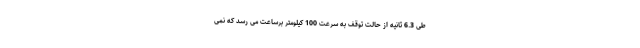
طی 6.3 ثانیه از حالت توقف به سرعت 100 کیلومتر برساعت می رسد که نمی